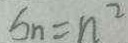
S _ { n } = n ^ { 2 }